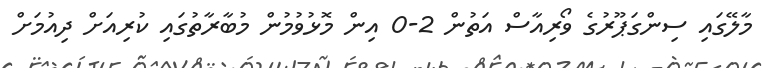
މާލޭގައި ސިންގަޕޫރުގެ ވޯރިއާސް އަތުން 2-0 އިން މޮޅުވުމުން މުބާރާތުގައި ކުރިއަށް ދިއުމަށް